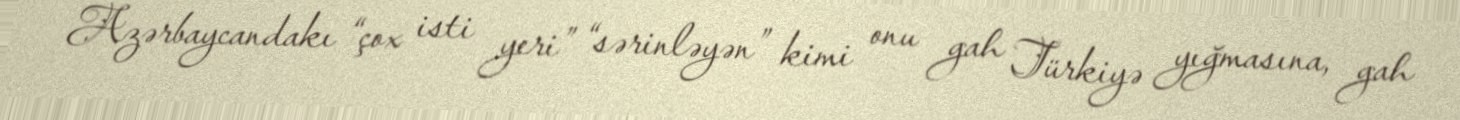
Azərbaycandakı “çox isti yeri” “sərinləyən” kimi onu gah Türkiyə yığmasına, gah